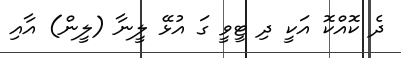
ދެ ކޮއްކޮ އަކީ ދި ޓީވީ ގަ އުޅޭ ލީނާ (ލީން) އާއި